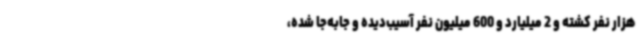
هزار نفر کشته و 2 میلیارد و 600 میلیون نفر آسیب‌دیده و جابه‌جا شده،